Rakvere_kinnistusamet, lk 11
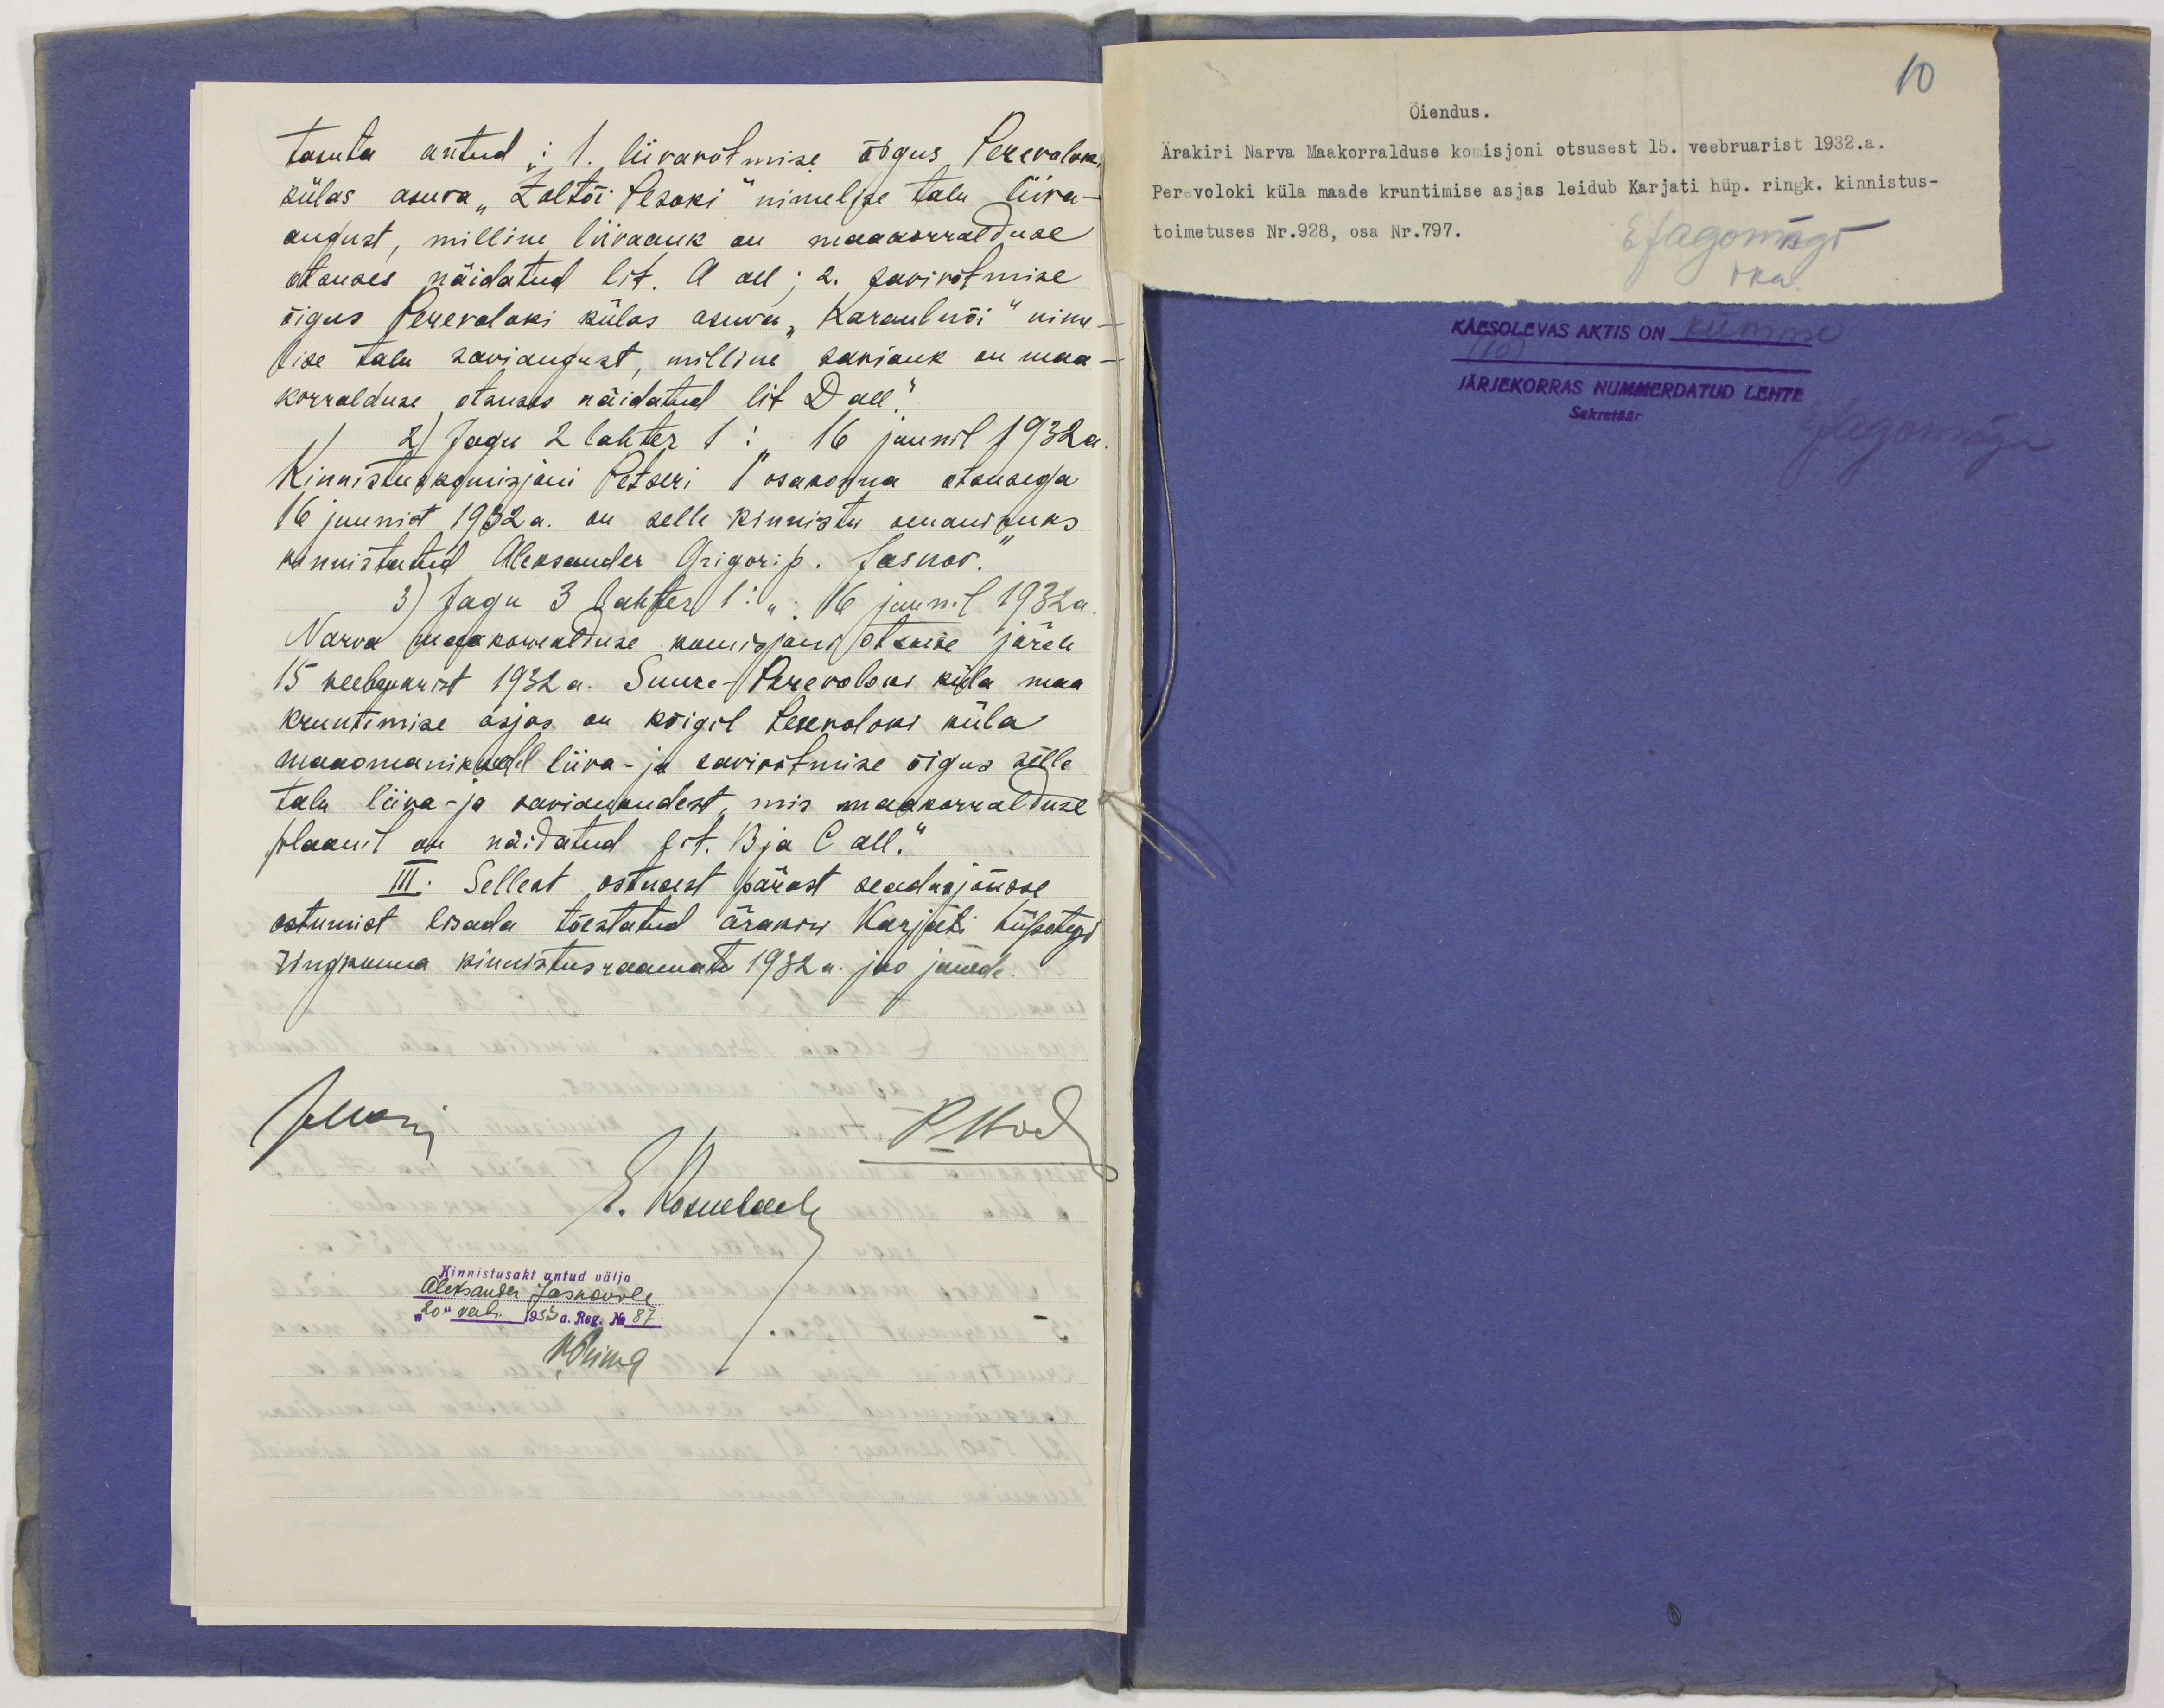
10
Õiendus.
Ärakiri Narva Maakorralduse komisjoni otsusest 15. veebruarist 1932.a.
Perevoloki küla maade kruntimise asjas leidub Karjati hüp. ringk. kinnistus-
toimetuses Nr. 928, osa Nr. 797.
EJagomägi
oka.
KÄESOLEVAS AKTIS ON kümme
JÄRJEKORRAS NUMMERDATUD LEHTE
Sekretäär.
EJagomägi

tasuta antud: 1. liivavõtmise õigus Perevoloki
külas asuva "Zoltõi Pesoki" nimelise talu liiva-
august, milline liivaauk on maakorralduse
otsuses näidatud lit. A all; 2. savivõtmise
õigus Perevoloki külas asuva "Кaraulnõi" nime-
lise talu saviaugust, milline saviauk on maa-
korralduse otsuses näidatud lit D all."
2) Jagu 2 lahter 1:" 16 juunil 1932a.
Kinnistuskomisjoni Petseri 1 osakonna otsusega
16 juunist 1932 a. on selle kinnistu omanikuks
kinnistatud Aleksander Grigori p. Jasnov."
3) Jagu 3 lahter 1:" 16 juunil 1932a.
Narva maakorralduse komisjoni otsuse järele
15. veebruarist 1932a. Suure-Perevoloki küla maa
kruntimise asjas on kõigil Perevoloki küla
maaomanikkudel liiva- ja savivõtmine õigus selle
talu liiva- ja saviaukudest, mis maakorralduse
plaanil on näidatud lit. B ja C all."
III. Sellest ostusest pärast seadusjõusse
astumist lisada tõestatud ärakiri Karjati hüpoteegi
ringkonna kinnistusraamatu 1932 a. jao juurde.
JMaise
PBock
E. Rosenbach
Kinnistusakt antud välja
Aleksander Jasnovile
"20" veebr. 1933a. Reg. No 87.
HSuur